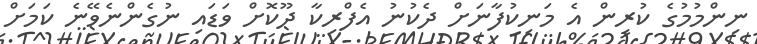
ނިންމުމުގެ ކުރިން އެ މަނިކުފާނަށް ދެކުނު އެފްރިކާ ދޫކޮށް ވަޑައި ނުގެންނެވޭނެ ކަމަށް